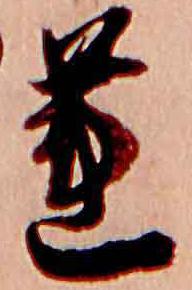
蓮